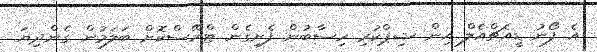
އެ ފޯނު ޑީއެޗްއެލް އިން ޝިޕްކުރި ހިސާބުން ފެށިގެން ޓްރޭސްކޮށް ބަލަމުން ގެންދިޔަ